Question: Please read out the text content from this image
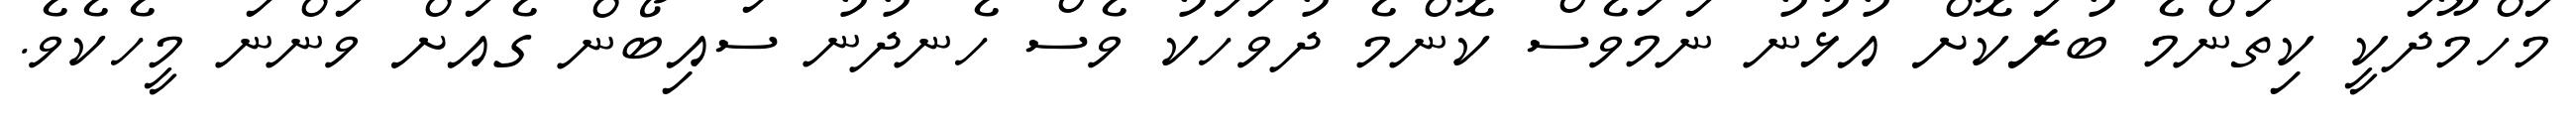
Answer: މަހްމޫދަކީ ކިތަންމެ ބުރަކޮށް އުޅުނު ނަމަވެސް ކޮންމެ ދުވަހަކު ވެސް ހެނދުނު ސައިބޯން ގެއަށް ވަންނަ މީހެކެވެ.